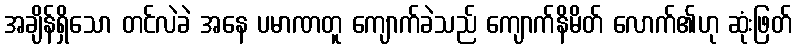
အချိန်ရှိသော တင်လဲခဲ အနေ ပမာဏတူ ကျောက်ခဲသည် ကျောက်နိမိတ် လောက်၏ဟု ဆုံးဖြတ်